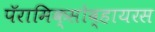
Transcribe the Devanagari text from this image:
पॅरामिक्सोव्हायरस